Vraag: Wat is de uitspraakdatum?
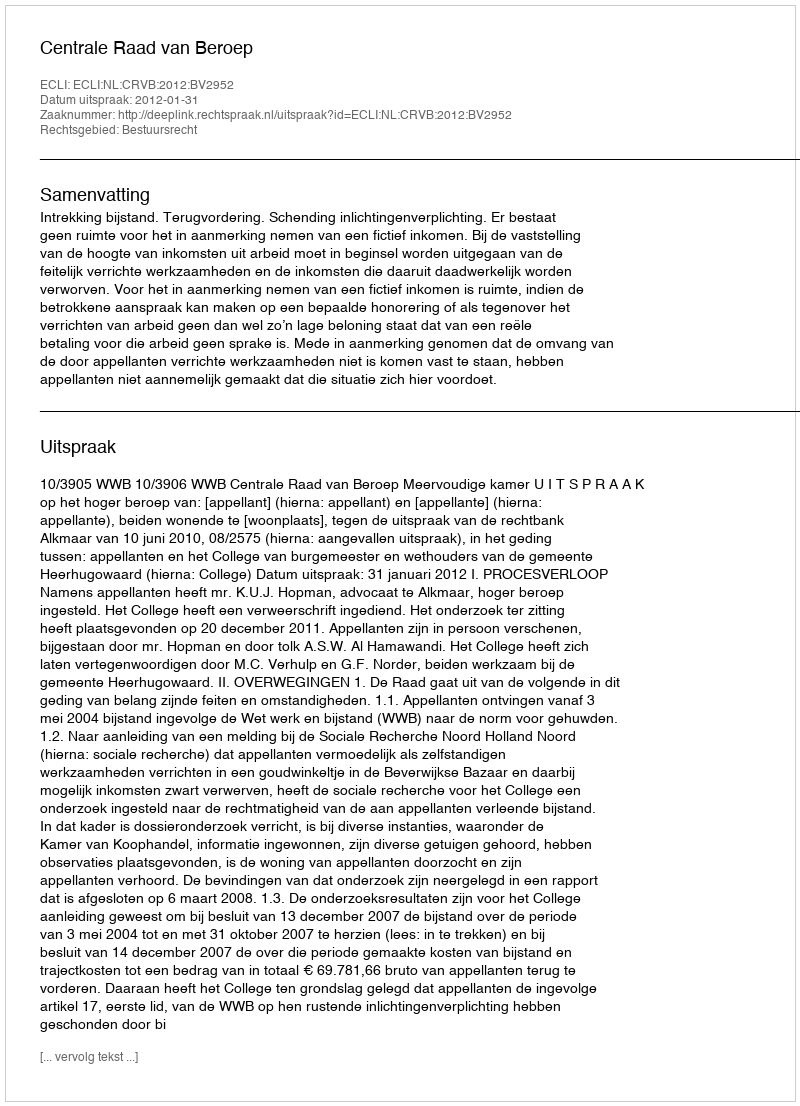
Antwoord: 2012-01-31